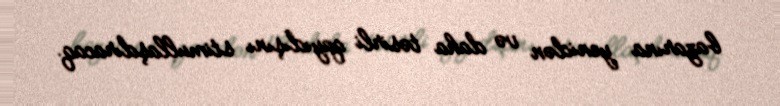
bazarına yenidən və daha təsirli qayıdışını stimullaşdıracaq.